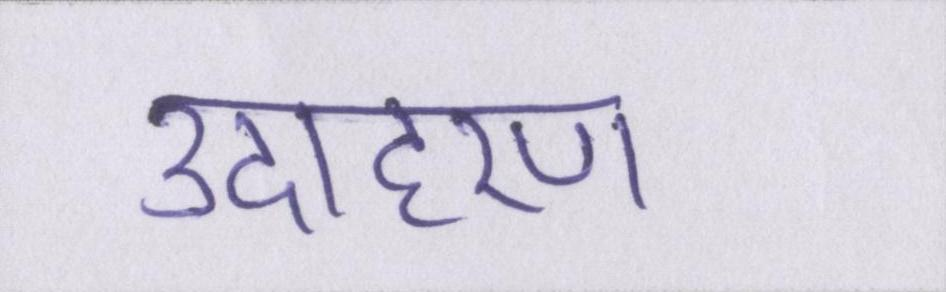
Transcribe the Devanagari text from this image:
उदाहरण